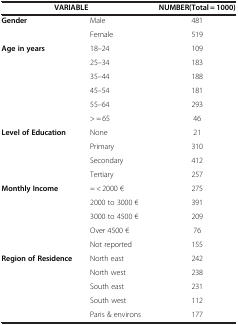
| <COLSPAN=2> VARIABLE | NUMBER(Total = 1000) |
 | --- | --- | --- |
 | <ROWSPAN=2> Gender | Male | 481 |
 | Female | 519 |
 | <ROWSPAN=6> Age in years | 18–24 | 109 |
 | 25–34 | 183 |
 | 35–44 | 188 |
 | 45–54 | 181 |
 | 55–64 | 293 |
 | > = 65 | 46 |
 | <ROWSPAN=4> Level of Education | None | 21 |
 | Primary | 310 |
 | Secondary | 412 |
 | Tertiary | 257 |
 | <ROWSPAN=5> Monthly Income | = < 2000 € | 275 |
 | 2000 to 3000 € | 391 |
 | 3000 to 4500 € | 209 |
 | Over 4500 € | 76 |
 | Not reported | 155 |
 | <ROWSPAN=4> Region of Residence | North east | 242 |
 | North west | 238 |
 | South east | 231 |
 | South west | 112 |
 |  | Paris & environs | 177 |